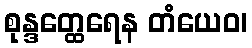
စုန္ဒတ္ထေရေန တံယေဝ၊